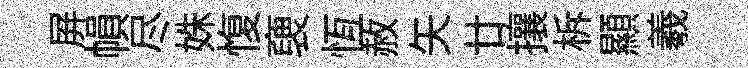
屛𢄙尽姝愎褏恆赦矢廿攘柝顯羲